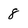
Character: 8